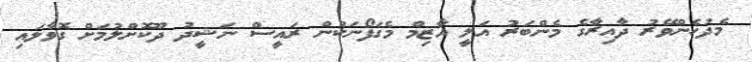
މެދުހެންވޭރު ދާއިރާގެ މެންބަރު އަލީ އާޒިމް މެގަފޯނަކުން ރައީސް ނަޝީދު ދޫކޮށްލުމަށް ގޮވާލައި